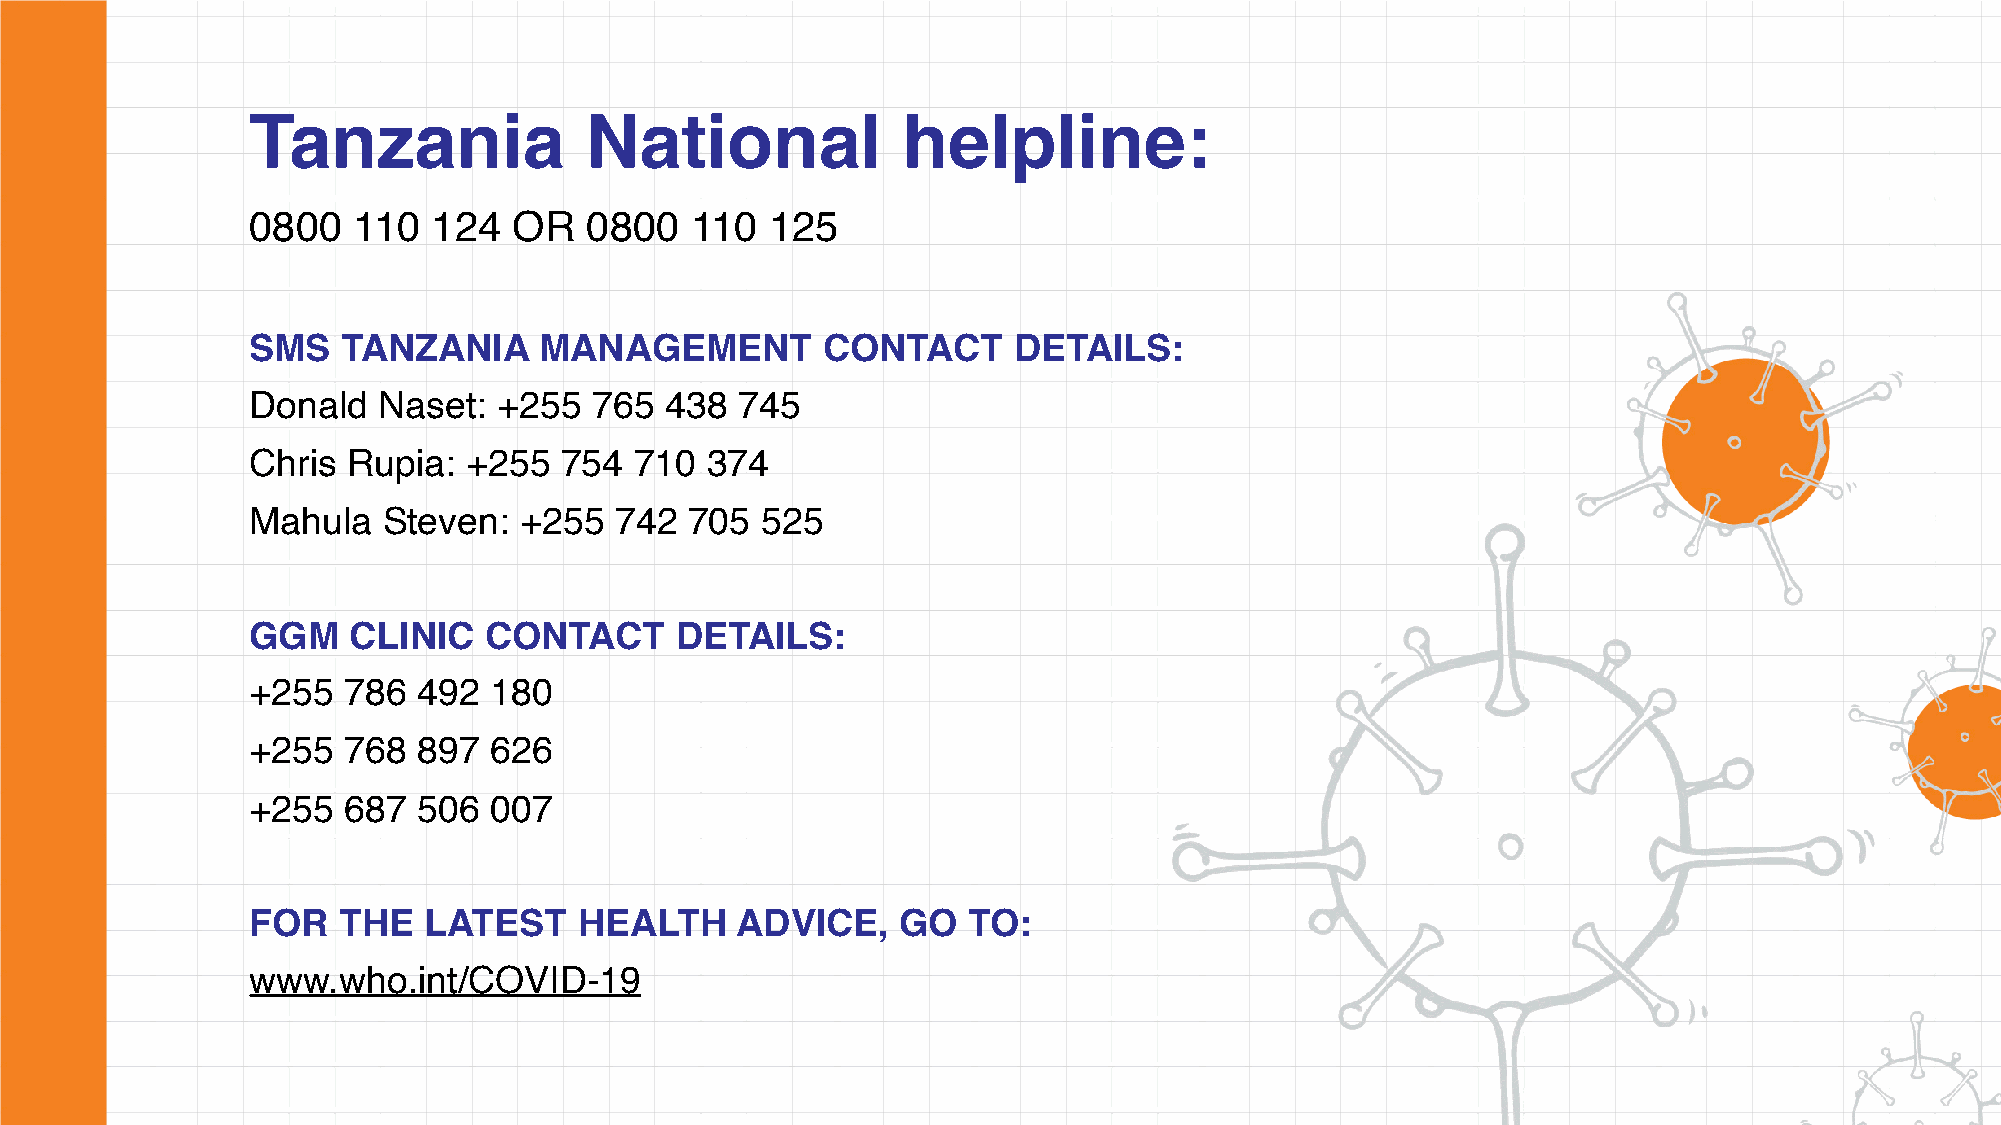
Tanzania               National             helpline:
 0800   110   124  OR   0800   110  125
 SMS    TANZANIA     MANAGEMENT        CONTACT      DETAILS:
 Donald   Naset:  +255  765  438  745
 Chris  Rupia:  +255  754  710  374
 Mahula   Steven:  +255   742  705 525
 GGM    CLINIC   CONTACT      DETAILS:
 +255   786  492 180
 +255   768  897 626
 +255   687  506 007
 FOR   THE   LATEST    HEALTH     ADVICE,   GO   TO:
 www.who.int/COVID-19